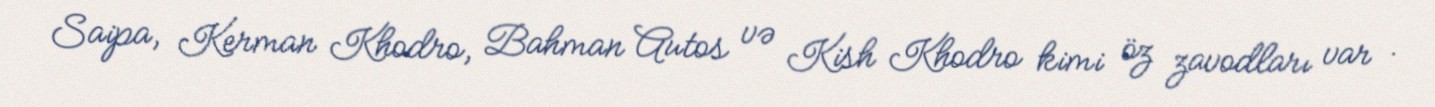
Saipa, Kerman Khodro, Bahman Autos və Kish Khodro kimi öz zavodları var .